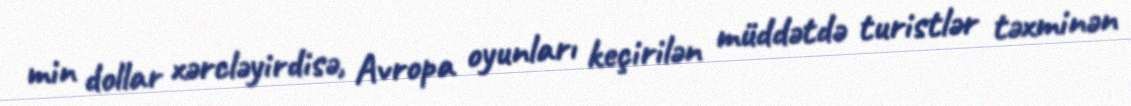
min dollar xərcləyirdisə, Avropa oyunları keçirilən müddətdə turistlər təxminən